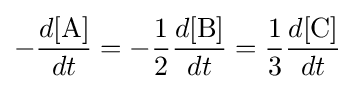
-{\frac {d[\mathrm {A} ]}{dt}}=-{\frac {1}{2}}{\frac {d[\mathrm {B} ]}{dt}}={\frac {1}{3}}{\frac {d[\mathrm {C} ]}{dt}}